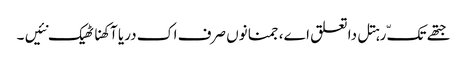
جتھے تکّ رہتل دا تعلق اے، جمنا نوں صرف اک دریا آکھنا ٹھیک نئیں ۔